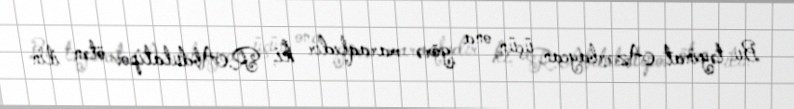
Bu təyinat Azərbaycan üçün ona görə maraqlıdır ki, R.Abdulatipov ötən ilin